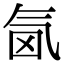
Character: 𣱜